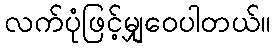
လက်ပုံဖြင့်မျှဝေပါတယ်။